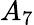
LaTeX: A_{7}